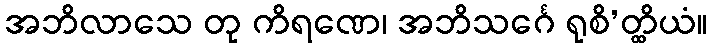
အဘိလာသေ တု ကိရဏေ၊ အဘိသင်္ဂေ ရုစိ’တ္ထိယံ။